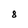
Character: 8